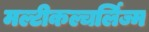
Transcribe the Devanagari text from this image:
मल्टीकल्चर्लिज्म